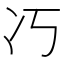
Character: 𭂆